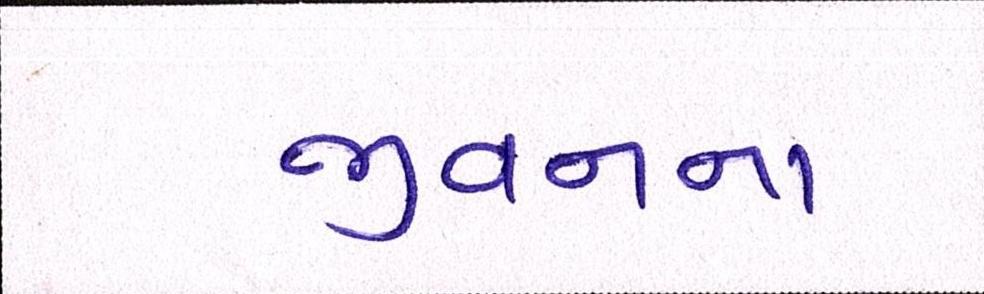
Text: જીવનના